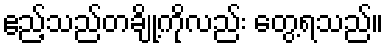
ဧည့်သည်တချို့ကိုလည်း တွေ့ရသည်။